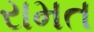
રામત